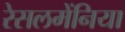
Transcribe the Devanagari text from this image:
रेसलमेंनिया